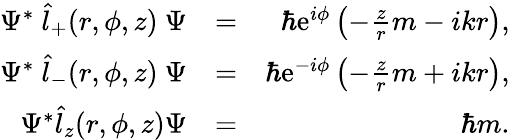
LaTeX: \begin{array}{rlr}{\Psi^{*}\ \hat{l}_{+}(r,\phi,z)\ \Psi}&{=}&{\hbar\mathrm{e}^{i\phi}\left(-\frac{z}{r}m-ikr\right),}\\ {\Psi^{*}\ \hat{l}_{-}(r,\phi,z)\ \Psi}&{=}&{\hbar\mathrm{e}^{-i\phi}\left(-\frac{z}{r}m+ikr\right),}\\ {\Psi^{*}\hat{l}_{z}(r,\phi,z)\Psi}&{=}&{\hbar m.}\end{array}